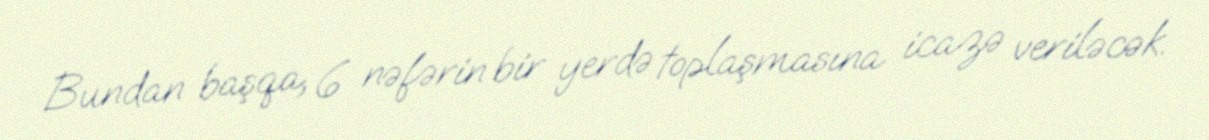
Bundan başqa, 6 nəfərin bir yerdə toplaşmasına icazə veriləcək.